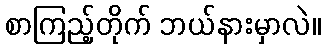
စာကြည့်တိုက် ဘယ်နားမှာလဲ။